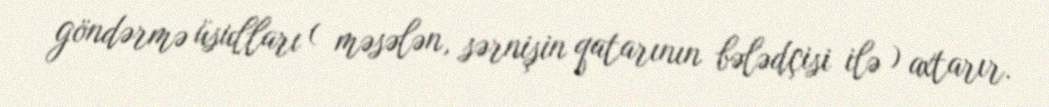
göndərmə üsulları ( məsələn, sərnişin qatarının bələdçisi ilə ) axtarır.